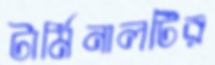
টার্মিনালটির